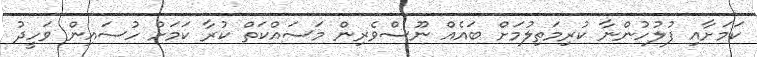
ކަމަށާއި ފުލުހުންނާ ކުރިމަތިލުމަށް ބައެއް ނޫސްވެރިން މަސައްކަތް ކުރާ ކަމަށް ހުސައިން ވަހީދު